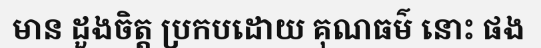
មាន ដួងចិត្ត ប្រកបដោយ គុណធម៌ នោះ ផង